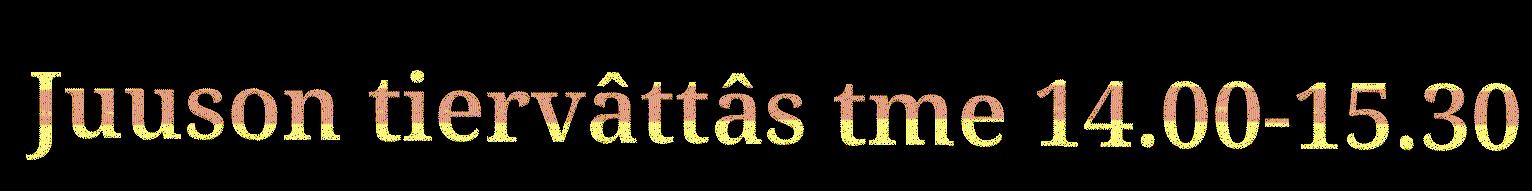
Juuson tiervâttâs tme 14.00-15.30